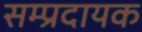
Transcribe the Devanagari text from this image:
सम्‍प्रदायक